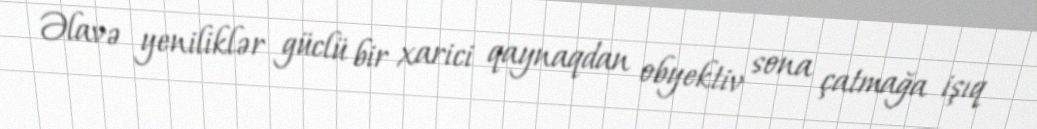
Əlavə yeniliklər güclü bir xarici qaynaqdan obyektiv sona çatmağa işıq